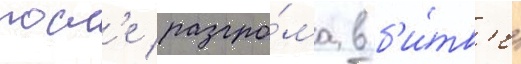
посл'е разгро́ма в б'и́тв'е